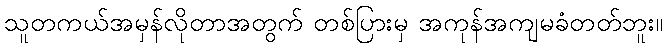
သူတကယ်အမှန်လိုတာအတွက် တစ်ပြားမှ အကုန်အကျမခံတတ်ဘူး။